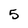
Character: 5